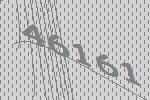
46161